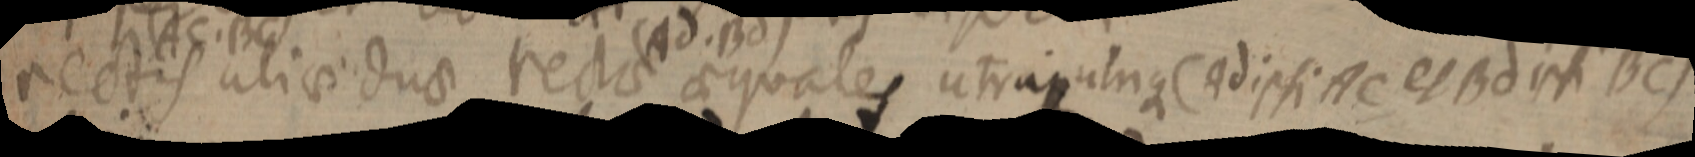
rectis aliae duae rectae aequales utra utrique (Ad ipsi AC, et Bd ipsi BC)